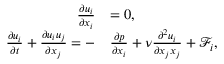
\begin{array} { r l } { \frac { \partial u _ { i } } { \partial x _ { i } } } & { = 0 , } \\ { \frac { \partial u _ { i } } { \partial t } + \frac { \partial u _ { i } u _ { j } } { \partial x _ { j } } = - } & { \frac { \partial p } { \partial x _ { i } } + \nu \frac { \partial ^ { 2 } u _ { i } } { \partial x _ { j } x _ { j } } + \mathcal { F } _ { i } , } \end{array}